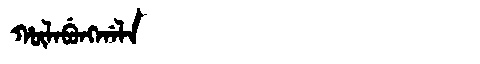
Manchu: ᡥᡡᠯᠠᠪᡠᠩᡤᠠᠯᠠ
Romanization: HŪLABUNGGALA